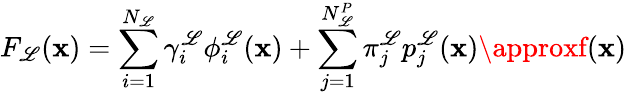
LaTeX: F_{\mathscr{L}}(\boldsymbol{\mathbf{x}})=\sum_{i=1}^{N_{\mathscr{L}}}\gamma_{i}^{\mathscr{L}}\phi_{i}^{\mathscr{L}}(\boldsymbol{\mathbf{x}})+\sum_{j=1}^{N_{\mathscr{L}}^{P}}\pi_{j}^{\mathscr{L}}p_{j}^{\mathscr{L}}(\boldsymbol{\mathbf{x}})\approxf(\boldsymbol{\mathbf{x}})